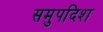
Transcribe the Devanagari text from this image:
समुपदिश